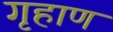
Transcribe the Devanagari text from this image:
गृहाण